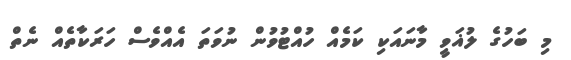
މި ބަހުގެ ލުޣަވީ މާނައަކި ކަމެއް ހުއްޓުވުން ނުވަތަ އެއްވެސް ހަރަކާތެއް ނެތް